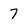
Character: 7